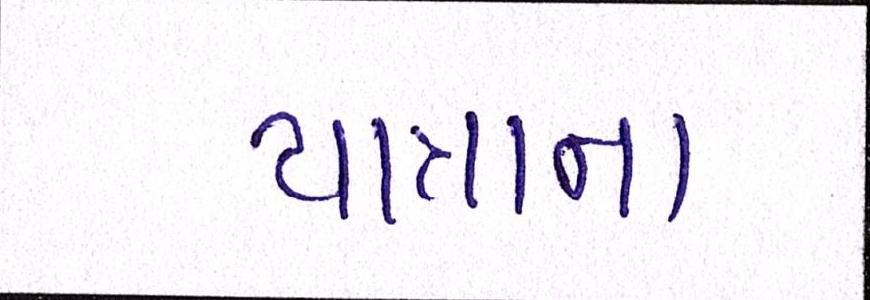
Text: યાત્રાના